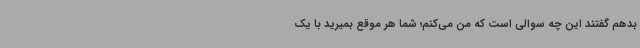
بدهم گفتند این چه سوالی است که من می‌کنم؛ شما هر موقع بمیرید با یک